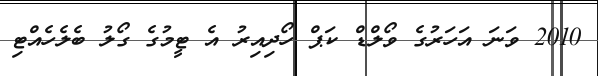
2010 ވަނަ އަހަރުގެ ވޯލްޑް ކަޕް ހޯދިއިރު އެ ޓީމުގެ ގޯލު ބެލެހެއްޓި